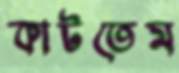
কাটতেম